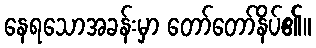
နေရသောအခန်းမှာ တော်တော်နိပ်၏။